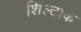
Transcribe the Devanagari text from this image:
शिल्टाक